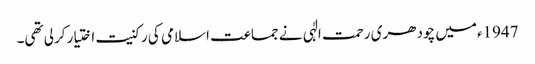
1947ءمیں چودھری رحمت الٰہی نے جماعت اسلامی کی رکنیت اختیار کرلی تھی۔